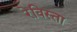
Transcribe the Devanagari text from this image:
रेविस्ता